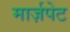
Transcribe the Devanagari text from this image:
मार्ज़पेट